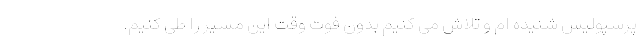
پرسپولیس شنیده ام و تلاش می کنیم بدون فوت وقت این مسیر را طی کنیم.